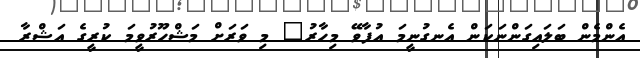
އެންމެން ބަލައިގަންނަކަން އެނގުނީމަ އުފާވޭ މިހާރު" މި ވަރަށް މަޝްހޫރުވީމަ ކުރީގެ އަޝްރާ